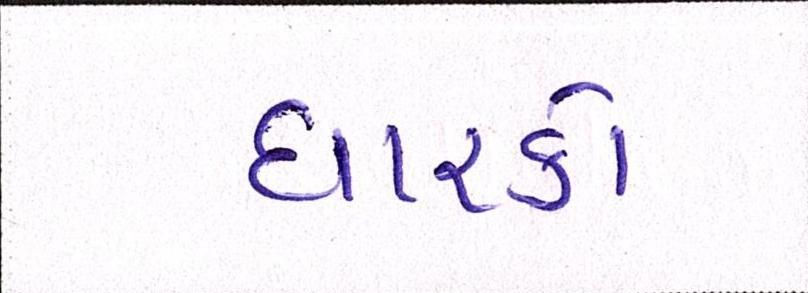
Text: ધારકો